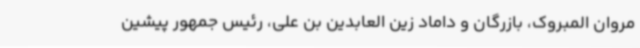
مروان المبروک، بازرگان و داماد زین العابدین بن علی، رئیس جمهور پیشین